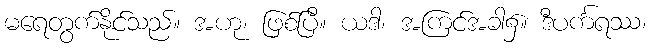
မရေတွက်နိုင်သည်။ အဟု၊ ဖြစ်ပြီ။ ယဒါ၊ အကြင်အခါ၌။ ဒီပင်္ကရဿ၊